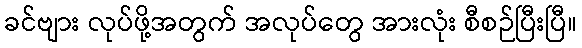
ခင်ဗျား လုပ်ဖို့အတွက် အလုပ်တွေ အားလုံး စီစဉ်ပြီးပြီ။